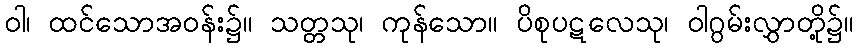
ဝါ၊ ထင်သောအဝန်း၌။ သတ္တသု၊ ကုန်သော။ ပိစုပဋလေသု၊ ဝါဂွမ်းလွှာတို့၌။